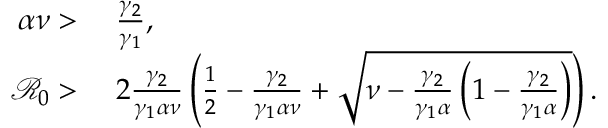
\begin{array} { r l } { \alpha \nu > } & { { } \; \frac { \gamma _ { 2 } } { \gamma _ { 1 } } , } \\ { \mathcal { R } _ { 0 } > } & { { } \; 2 \frac { \gamma _ { 2 } } { \gamma _ { 1 } \alpha \nu } \left( \frac { 1 } { 2 } - \frac { \gamma _ { 2 } } { \gamma _ { 1 } \alpha \nu } + \sqrt { \nu - \frac { \gamma _ { 2 } } { \gamma _ { 1 } \alpha } \left( 1 - \frac { \gamma _ { 2 } } { \gamma _ { 1 } \alpha } \right) } \right) . } \end{array}